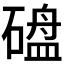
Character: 𪿱